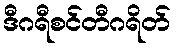
ဒီဂရီစင်တီဂရိတ်